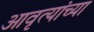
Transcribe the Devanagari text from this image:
आवृत्यांच्या